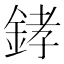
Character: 﨧